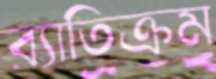
ব্যাতিক্রম